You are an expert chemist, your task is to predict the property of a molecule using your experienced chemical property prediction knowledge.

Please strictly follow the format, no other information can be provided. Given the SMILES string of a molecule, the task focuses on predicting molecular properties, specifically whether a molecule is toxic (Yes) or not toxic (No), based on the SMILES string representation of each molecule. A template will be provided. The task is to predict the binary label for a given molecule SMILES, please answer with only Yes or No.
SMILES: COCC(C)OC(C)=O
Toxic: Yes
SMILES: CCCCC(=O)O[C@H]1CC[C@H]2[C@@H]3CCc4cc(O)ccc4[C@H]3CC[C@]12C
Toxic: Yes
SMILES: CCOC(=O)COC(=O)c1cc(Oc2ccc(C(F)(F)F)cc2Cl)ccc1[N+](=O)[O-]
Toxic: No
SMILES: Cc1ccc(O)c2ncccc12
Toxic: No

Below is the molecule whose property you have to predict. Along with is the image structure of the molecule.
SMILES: OC(O)C(Cl)(Cl)Cl
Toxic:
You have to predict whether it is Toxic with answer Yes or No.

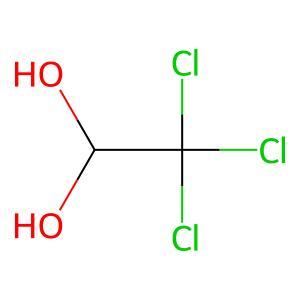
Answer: No